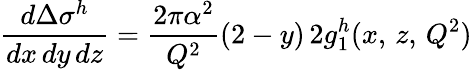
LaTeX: \frac{d\Delta\sigma^{h}}{dx\, dy\, dz}=\frac{2\pi\alpha^{2}}{Q^{2}}(2-y)\, 2g_{1}^{h}(x,\, z,\, Q^{2})